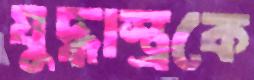
যুদ্ধাস্ত্রকে